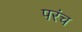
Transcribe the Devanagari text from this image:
परंच